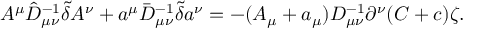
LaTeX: A ^ { \mu } \hat { D } _ { \mu \nu } ^ { - 1 } \tilde { \delta } A ^ { \nu } + a ^ { \mu } \bar { D } _ { \mu \nu } ^ { - 1 } \tilde { \delta } a ^ { \nu } = - ( A _ { \mu } + a _ { \mu } ) D _ { \mu \nu } ^ { - 1 } \partial ^ { \nu } ( C + c ) \zeta .